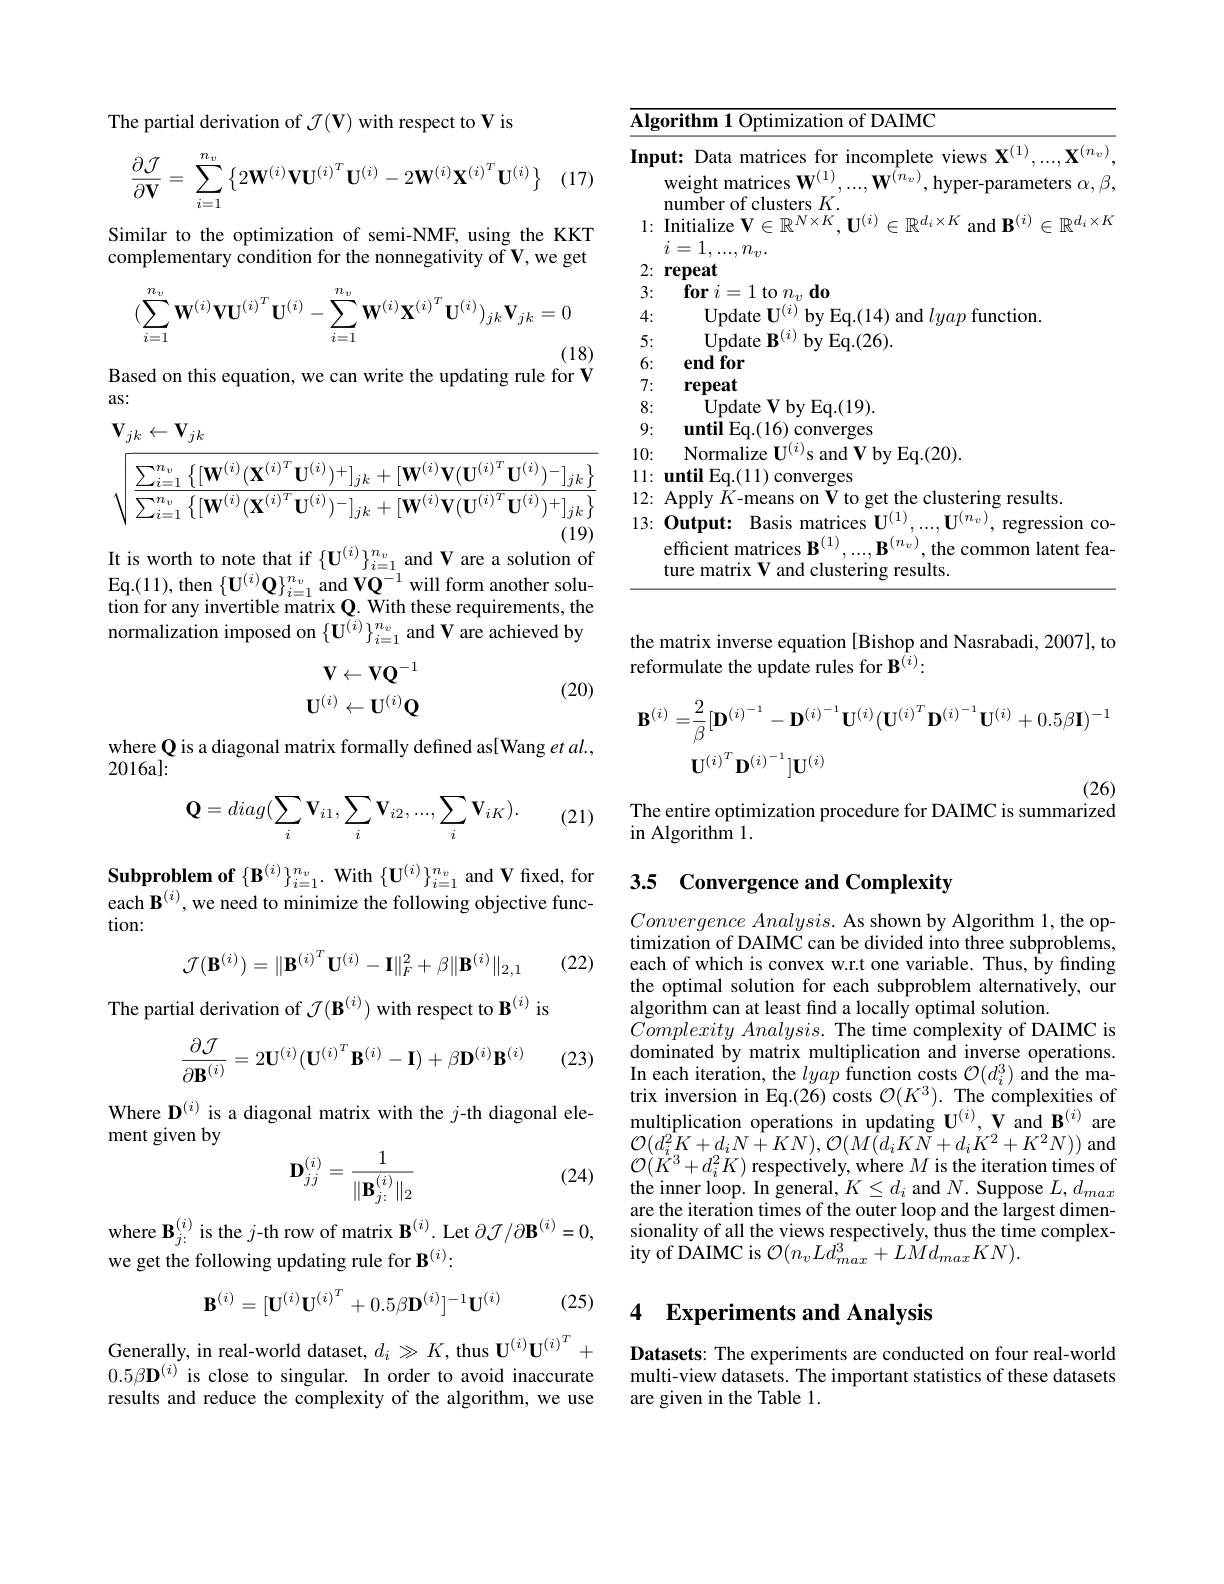
The partial derivation of $\mathcal{J}(\mathbf{V})$ with respect to V is
$\cdot(17)$
$$\dfrac{\partial\mathcal{J}}{\partial\mathbf{V}}=\sum_{i=1}^{n_v}\left\{2\mathbf{W}^{(i)}\mathbf{V}\mathbf{U}^{(i)^T}\mathbf{U}^{(i)}-2\mathbf{W}^{(i)}\mathbf{X}^{(i)^T}\mathbf{U}^{(i)}\right\}$$
Similar to the optimization of semi-NMF, using the KKT complementary condition for the nonnegativity of V, we get
$$(\sum_{i=1}^{n_v}\mathbf{W}^{(i)}\mathbf{V}\mathbf{U}^{(i)^T}\mathbf{U}^{(i)}-\sum_{i=1}^{n_v}\mathbf{W}^{(i)}\mathbf{X}^{(i)^T}\mathbf{U}^{(i)})_{jk}\mathbf{V}_{jk}=0$$
(18)
Based on this equation, we can write the updating rule for V

as:
$$\begin{aligned}&\mathbf{V}_{jk}\leftarrow\mathbf{V}_{jk}\\&\sqrt{\frac{\sum_{i=1}^{n_{v}}\left\{[\mathbf{W}^{(i)}(\mathbf{X}^{(i)^{T}}\mathbf{U}^{(i)})^{+}]_{jk}+[\mathbf{W}^{(i)}\mathbf{V}(\mathbf{U}^{(i)^{T}}\mathbf{U}^{(i)})^{-}]_{jk}\right\}}{\sum_{i=1}^{n_{v}}\left\{[\mathbf{W}^{(i)}(\mathbf{X}^{(i)^{T}}\mathbf{U}^{(i)})^{-}]_{jk}+[\mathbf{W}^{(i)}\mathbf{V}(\mathbf{U}^{(i)^{T}}\mathbf{U}^{(i)})^{+}]_{jk}\right\}}}\end{aligned}$$
It is worth to note that if $\{\mathbf{U}^{(i)}\}_{i=1}^{n_v}$and V are a solution of

Eq. ( 11) , then $\{ \mathbf{U} ^{( i) }\mathbf{Q} \} _{i= 1}^{n_v}$ and $\mathbf{VQ}^{-1}$ will form another solution for any invertible matrix $\mathbf{Q}.$ With these requirements, the normalization imposed on $\{\mathbf{U}^{(i)}\}_{i=1}^{n_v}$ and V are achieved by
$$\begin{array}{rcl}\mathbf{V}\leftarrow\mathbf{V}\mathbf{Q}^{-1}\\\mathbf{U}^{(i)}\leftarrow\mathbf{U}^{(i)}\mathbf{Q}\end{array}$$
(20)

where Q is a diagonal matrix formally defined as[Wang et al.,
2016al:
$$\mathbf Q=diag(\sum_i\mathbf V_{i1},\sum_i\mathbf V_{i2},...,\sum_i\mathbf V_{iK}).$$
(21)

$\textbf{Subproblem of}\{ \mathbf{B} ^{( i) }\} _{i= 1}^{n_v}.$ With$\{\mathbf{U}^{(i)}\}_{i=1}^{n_v}$ and V frxed, for each B$^{(i)}$, we need to minimize the following objective function:
$$\mathcal{J}(\mathbf{B}^{(i)})=\|\mathbf{B}^{(i)^T}\mathbf{U}^{(i)}-\mathbf{I}\|_F^2+\beta\|\mathbf{B}^{(i)}\|_{2,1}$$
(22)

The partial derivation of $\mathcal{J}(\mathbf{B}^{(i)})$ with respect to B$^{(i)}$ is
$$\frac{\partial\mathcal{J}}{\partial\mathbf{B}^{(i)}}=2\mathbf{U}^{(i)}(\mathbf{U}^{(i)^{T}}\mathbf{B}^{(i)}-\mathbf{I})+\beta\mathbf{D}^{(i)}\mathbf{B}^{(i)}$$
(23)

Where D$^{(i)}$ is a diagonal matrix with the $j$-th diagonal ele-
ment given by
$$\mathbf{D}_{jj}^{(i)}=\frac{1}{\|\mathbf{B}_{j:}^{(i)}\|_2}$$
(24)

where $\mathbf{B}_{j:}^{(i)}$ is the $j\text{-th row of matrix B}^{(i)}$.Let $\partial\mathcal{J}/\partial\mathbf{B}^{(i)}=0$,
we get the following updating rule for B$^{(i)}:$
$$\mathbf{B}^{(i)}=[\mathbf{U}^{(i)}\mathbf{U}^{(i)^T}+0.5\beta\mathbf{D}^{(i)}]^{-1}\mathbf{U}^{(i)}$$
(25)

Generally, in real-world dataset, $d_i\gg K$, thus $\mathbf{U}^{(i)}\mathbf{U}^{(i)^T}+$ $0.5\beta\mathbf{D}^{(i)}$ is close to singular. In order to avoid inaccurate results and reduce the complexity of the algorithm, we use

<table>
	<tbody>
		<tr>
			<th>$\overline{\mathbf{AIg}}$ 1</th>
			<th>$\textbf{orithm 1 Optimization of DAIMC}$</th>
		</tr>
		<tr>
			<td>$[\mathbf{np}$ 1</td>
			<td>ut: Data matrices for incomplete views $\mathbf{X}^{(1)},...,\mathbf{X}^{(n_v)}$ weight matrices $\mathbf{W}^{(1)}$, $...,\mathbf{W}^{\tilde{(}n_v)}$,hyper-parameters $\alpha,\beta$ number of clusters $K.$ $V_{V}V_{6}$</td>
		</tr>
		<tr>
			<td>1:</td>
			<td>U 1 $i=$ $,...,n_{v}.$</td>
		</tr>
		<tr>
			<td>$L$</td>
			<td>repeat</td>
		</tr>
		<tr>
			<td>5 T</td>
			<td>100 LI 0 TI $\mathbf{00}$</td>
		</tr>
		<tr>
			<td>4. T</td>
			<td> </td>
		</tr>
		<tr>
			<td>5 ·</td>
			<td>mdate 11 iq. ( 26) </td>
		</tr>
		<tr>
			<td>6:</td>
			<td>end for</td>
		</tr>
		<tr>
			<td>7: $\bullet$</td>
			<td>repeat</td>
		</tr>
		<tr>
			<td>8: · </td>
			<td>Update V by Eq.(19).</td>
		</tr>
		<tr>
			<td>9: 1 1 T</td>
			<td>until Eq.(16) converges</td>
		</tr>
		<tr>
			<td>10:</td>
			<td>Normalize 2 sand $\textbf{f V bv Eq. }( 20) .$</td>
		</tr>
		<tr>
			<td>11: $\bullet$ </td>
			<td>until Eq.(11) converges</td>
		</tr>
		<tr>
			<td>12: 1</td>
			<td>Applv K-means $0n$ $\boldsymbol{V}$ 10 get the clustering results</td>
		</tr>
		<tr>
			<td>13:</td>
			<td>Output: Basis matrices $\mathbf{U}^{(1)}$ $\mathbf{IT}(n_{v})$ , regression co $\mathbf{B}^{(n_v)}$,the common latent fea- efficient matrices B$^{(1)}$, ture matrix V and clustering results.</td>
		</tr>
	</tbody>
</table>

the matrix inverse equation [Bishop and Nasrabadi, 2007], to
reformulate the update rules for $\mathbf{B}^{(i)}:$
$$\mathbf{B}^{(i)}=\frac{2}{\beta}[\mathbf{D}^{(i)^{-1}}-\mathbf{D}^{(i)^{-1}}\mathbf{U}^{(i)}(\mathbf{U}^{(i)^{T}}\mathbf{D}^{(i)^{-1}}\mathbf{U}^{(i)}+0.5\beta\mathbf{I})^{-1}\\\mathbf{U}^{(i)^{T}}\mathbf{D}^{(i)^{-1}}]\mathbf{U}^{(i)}$$
The entire optimization procedure for DAIMC is summarized

in Algorithm 1.

3.5 Convergence and Complexity

$Convergence\textit{ Analysis. As shown by Algorithm 1, the op- }$ timization of DAIMC can be divided into three subproblems, each of which is convex w.r.t one variable. Thus, by finding the optimal solution for each subproblem alternatively, our algorithm can at least find a locally optimal solution.
$\tilde {Complexity}\textit{Analysis. The time complexity of DAIMC is}$ dominated by matrix multiplication and inverse operations. In each iteration, the lyap function costs $\mathcal{O} ( d_{i}^{3})$ and the matrix inversion in Eq.(26) costs $\mathcal{O}(K^3).$ The complexities of multiplication operations in updating $\mathbf{U}^{(i)},\mathbf{V}$ and B$^{(i)}$ are $\mathcal{O}(d_{i}^{2}\dot{K}+d_{i}N+KN),\mathcal{O}(\dot{M}(d_{i}K\tilde{N}+d_{i}\dot{K}^{2}+K^{2}N))$ and $\mathcal{O}(\dot{K}^{3}+d_{i}^{2}\dot{K})$ respectively, where $M$ is the iteration times of the inner loop. In general, $K\leq d_i$ and $N.$ Suppose $L,d_max$ are the iteration times of the outer loop and the largest dimensionality of all the views respectively, thus the time complexity of DAIMC is $\mathcal{O}(n_vLd_{max}^3+LMd_{max}KN).$

## 4 Experiments and Analysis

Datasets: The experiments are conducted on four real-world multi-view datasets. The important statistics of these datasets are given in the Table 1.